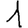
Digit: 1